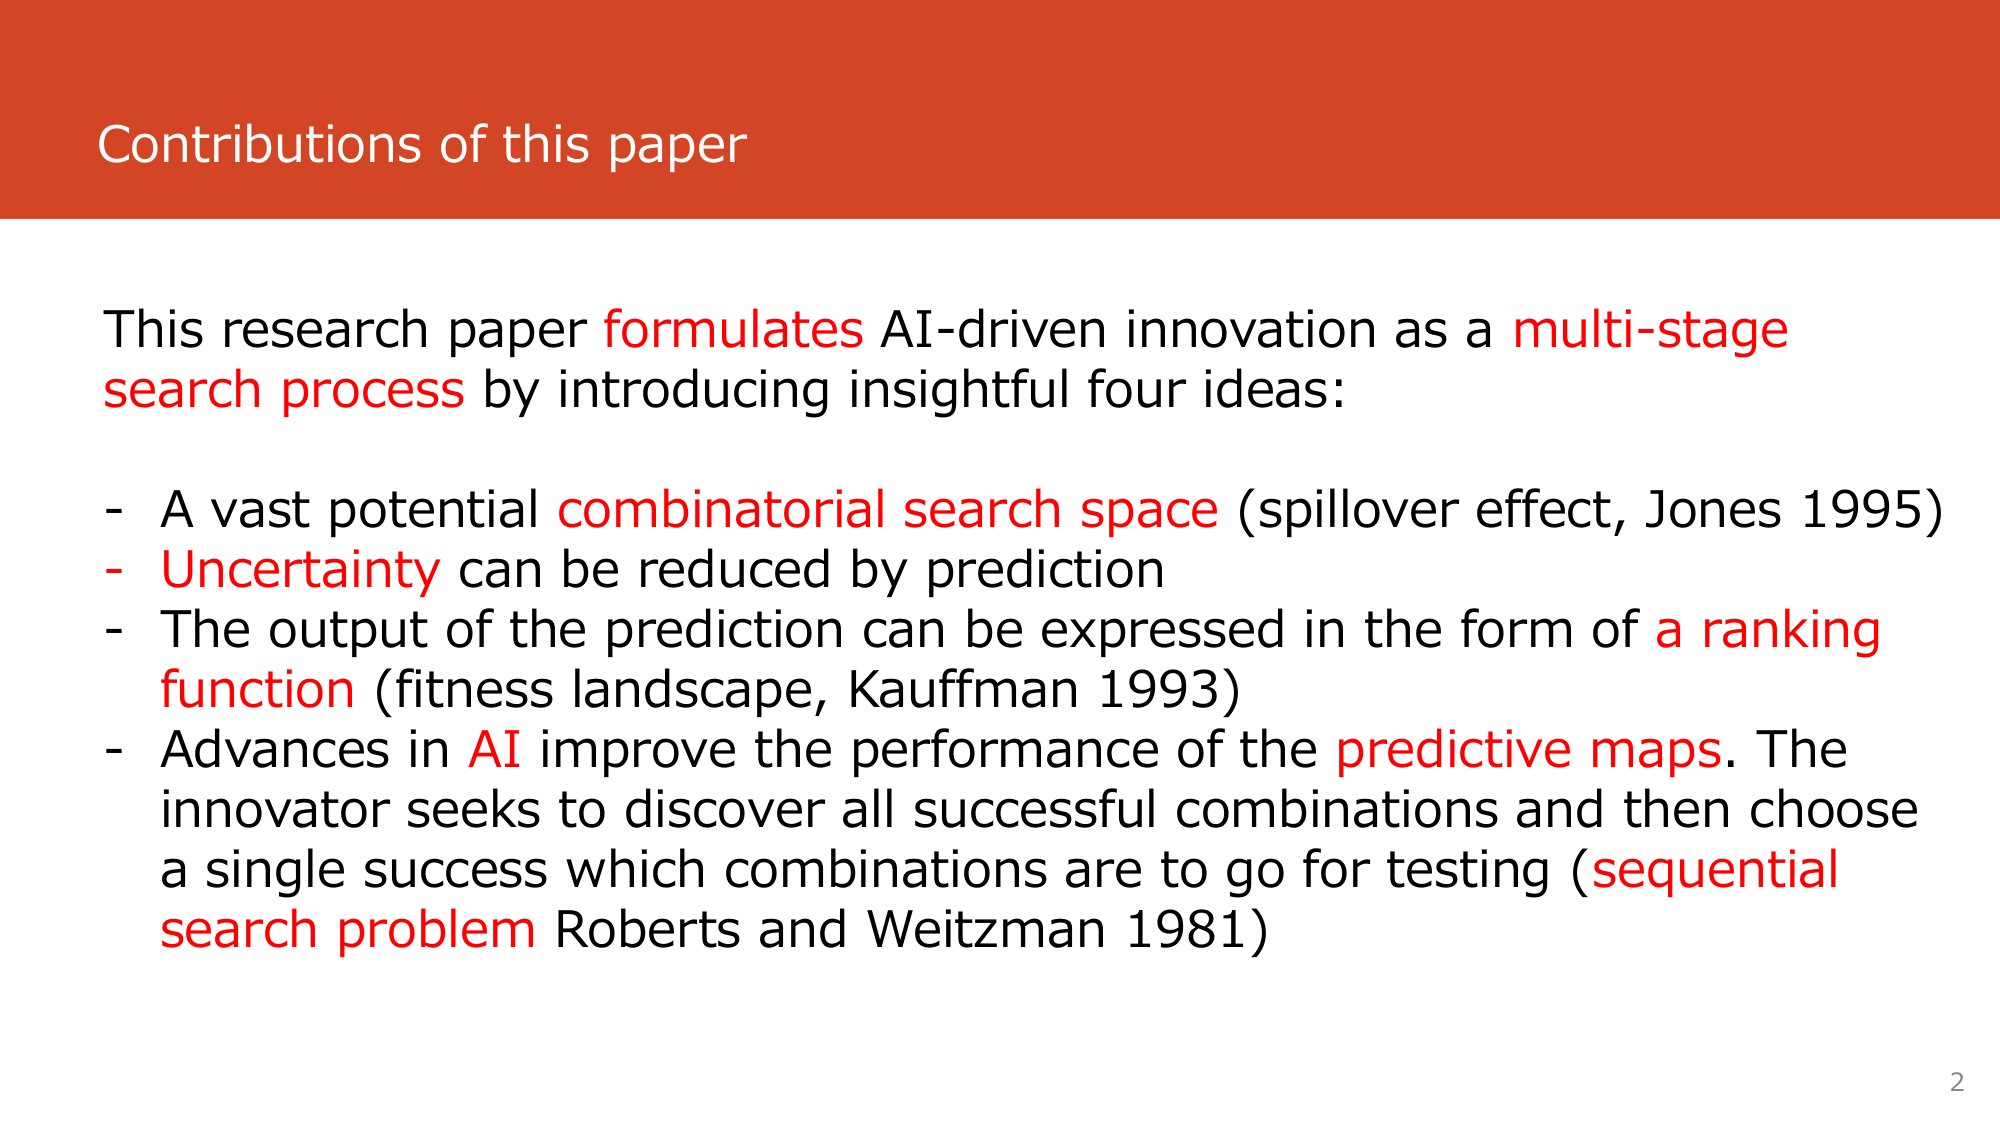
Contributions of this paper

This research paper formulates AI-driven innovation as a multi-stage search process by introducing insightful four ideas:

- A vast potential combinatorial search space (spillover effect, Jones 1995)
- Uncertainty can be reduced by prediction
- The output of the prediction can be expressed in the form of a ranking function (fitness landscape, Kauffman 1993)
- Advances in AI improve the performance of the predictive maps. The innovator seeks to discover all successful combinations and then choose a single success which combinations are to go for testing (sequential search problem Roberts and Weitzman 1981)

2